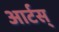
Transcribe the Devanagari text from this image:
आर्टस्‌